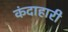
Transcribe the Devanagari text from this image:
कंदाहारी